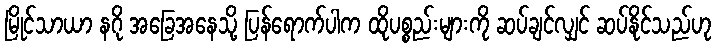
မြိုင်သာယာ နဂို အခြေအနေသို့ ပြန်ရောက်ပါက ထိုပစ္စည်းများကို ဆပ်ချင်လျှင် ဆပ်နိုင်သည်ဟု